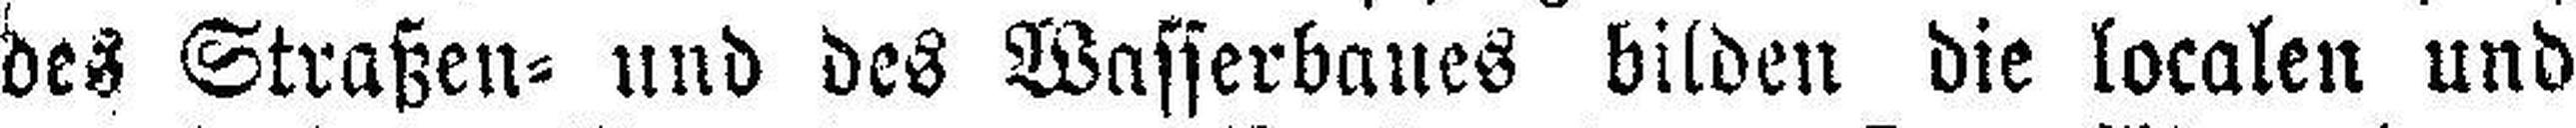
des Straßen= und des Wasserbaues bilden die localen und